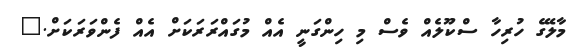
މާލޭގެ ހުރިހާ ސްކޫލެއް ވެސް މި ހިންގަނީ އެއް މުގައްރަރަކަށް އެއް ފެންވަރަކަށް."